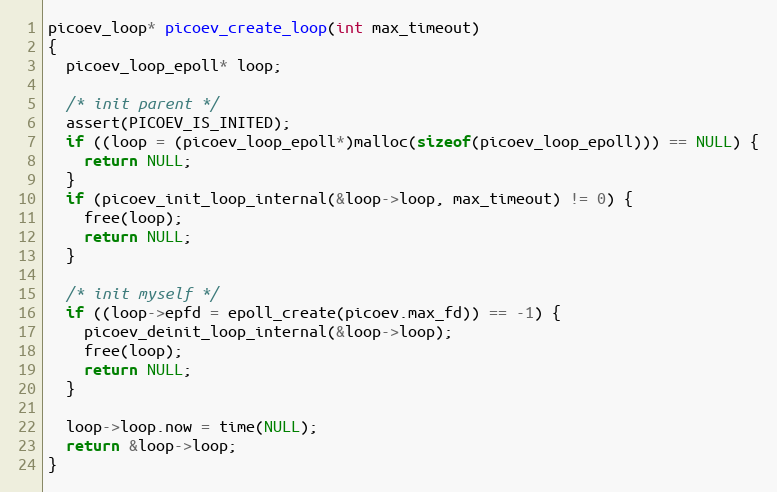
Language: C
picoev_loop* picoev_create_loop(int max_timeout)
{
  picoev_loop_epoll* loop;

  /* init parent */
  assert(PICOEV_IS_INITED);
  if ((loop = (picoev_loop_epoll*)malloc(sizeof(picoev_loop_epoll))) == NULL) {
    return NULL;
  }
  if (picoev_init_loop_internal(&loop->loop, max_timeout) != 0) {
    free(loop);
    return NULL;
  }

  /* init myself */
  if ((loop->epfd = epoll_create(picoev.max_fd)) == -1) {
    picoev_deinit_loop_internal(&loop->loop);
    free(loop);
    return NULL;
  }

  loop->loop.now = time(NULL);
  return &loop->loop;
}